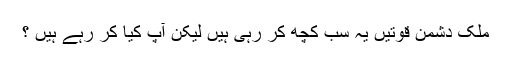
ملک دشمن قوتیں یہ سب کچھ کر رہی ہیں لیکن آپ کیا کر رہے ہیں ؟